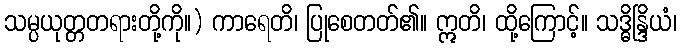
သမ္ပယုတ္တတရားတို့ကို။) ကာရေတိ၊ ပြုစေတတ်၏။ ဣတိ၊ ထို့ကြောင့်။ သဒ္ဓိန္ဒြိယံ၊